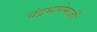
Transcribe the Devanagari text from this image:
चंद्रभागेमाजीं